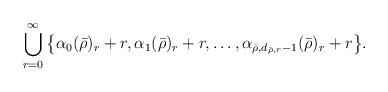
LaTeX: \begin{align*}\bigcup_{r=0}^\infty \big\{\alpha_0(\bar \rho)_r+r,\alpha_1(\bar \rho)_r+r, \dots, \alpha_{\bar\rho, d_{\bar\rho,r}-1}(\bar \rho)_r+r\big\}.\end{align*}